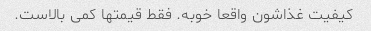
کیفیت غذاشون واقعا خوبه. فقط قیمتها کمی بالاست.